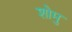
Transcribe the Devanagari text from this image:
शोमु